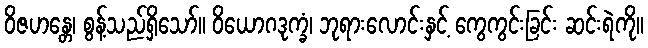
ဝိဇဟန္တေ၊ စွန့်သည်ရှိသော်။ ဝိယောဂဒုက္ခံ၊ ဘုရားလောင်းနှင့် ကွေကွင်းခြင်း ဆင်းရဲကို။